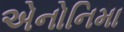
એનોનિમા